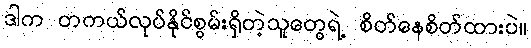
ဒါက တကယ်လုပ်နိုင်စွမ်းရှိတဲ့သူတွေရဲ့ စိတ်နေစိတ်ထားပဲ။